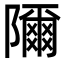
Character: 隬